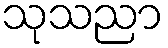
သုသညာ